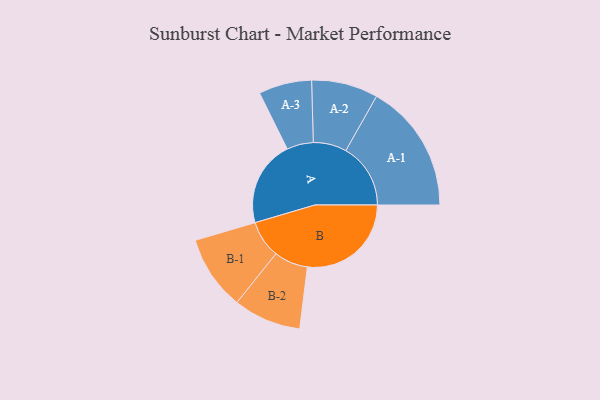
{"axis": {"x": "Segment", "y": "Value"}, "legend": ["", "A", "B"], "data": [{"x": "A", "y": 397, "type": ""}, {"x": "B", "y": 481, "type": ""}, {"x": "A-1", "y": 300, "type": "A"}, {"x": "A-2", "y": 154, "type": "A"}, {"x": "A-3", "y": 123, "type": "A"}, {"x": "B-1", "y": 173, "type": "B"}, {"x": "B-2", "y": 157, "type": "B"}]}